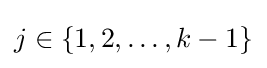
j\in \{1,2,\dots ,k-1\}